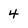
Character: 4